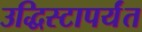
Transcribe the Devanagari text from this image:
उद्धिस्टापर्यंत